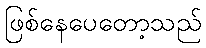
ဖြစ်နေပေတော့သည်